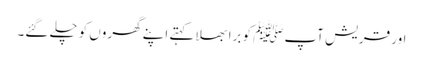
اور قریش آپﷺ کو برا بھلا کہتے اپنے گھروں کو چلے گئے۔